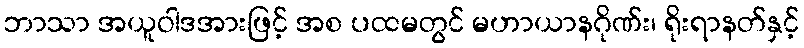
ဘာသာ အယူဝါဒအားဖြင့် အစ ပထမတွင် မဟာယာနဂိုဏ်း၊ ရိုးရာနတ်နှင့်